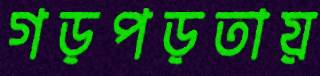
গড়পড়তায়